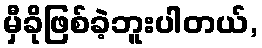
မှီခိုဖြစ်ခဲ့ဘူးပါတယ်,